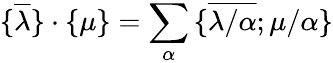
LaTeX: {\{ }\overline{{{\lambda}}}{\} }\cdot{\{ }{\mu}{\} }=\sum_{\alpha}{\{ }\overline{{{\lambda/\alpha}}};{\mu/\alpha}{\} }